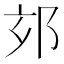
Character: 𨚃